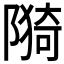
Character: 𮸪